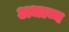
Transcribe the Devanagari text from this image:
अधाव्य